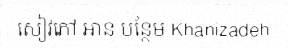
សៀវភៅ អាន បន្ថែម Khanizadeh